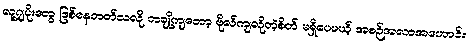
လူ့ဂျပိုးတွေ ဖြစ်နေတတ်သလို တချို့ကျတော့ ဗိုလ်ကျလိုတဲ့စိတ် မရှိပေမယ့် အစဉ်အလာအဟောင်း၊